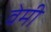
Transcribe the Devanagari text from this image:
वेमी